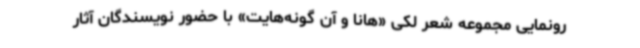
رونمایی مجموعه شعر لکی «هانا و آن گونه‌هایت» با حضور نویسندگان آثار